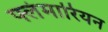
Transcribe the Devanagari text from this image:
फ्लंमारियन